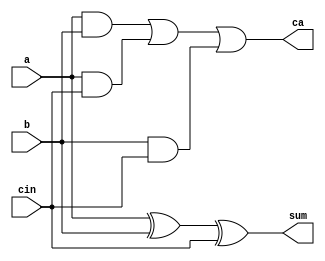
`timescale 1ns / 1ps
//////////////////////////////////////////////////////////////////////////////////
// Company: 
// Engineer: 
// 
// Design Name: 
// Module Name:    fulladder 
// Project Name: 
// Target Devices: 
// Tool versions: 
// Description: 
//
// Dependencies: 
//
// Revision: 
// Revision 0.01 - File Created
// Additional Comments: 
//
//////////////////////////////////////////////////////////////////////////////////
module fulladder(
    input a,
    input b,
    input cin,
    output sum,
    output ca
    );


assign sum = a ^ b ^ cin;
assign ca = (a & b) | (a & cin) | (b & cin);

endmodule